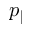
p _ { \parallel }